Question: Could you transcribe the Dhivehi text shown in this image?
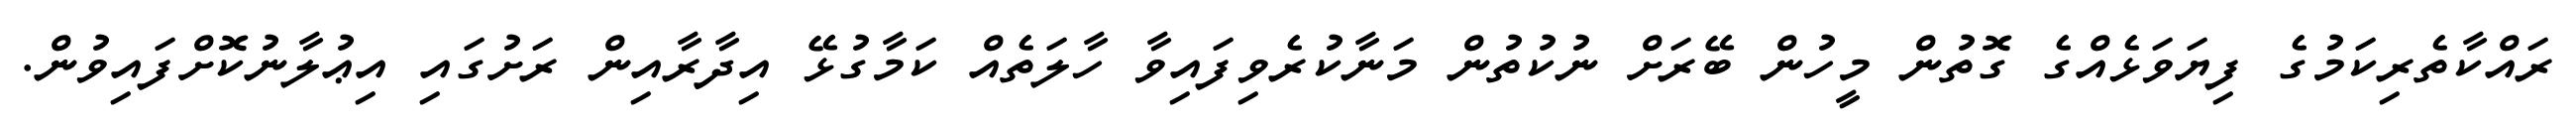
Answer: ރައްކާތެރިކަމުގެ ފިޔަވަޅެއްގެ ގޮތުން މީހުން ބޭރަށް ނުކުތުން މަނާކުރެވިފައިވާ ހާލަތެއް ކަމާގުޅޭ އިދާރާއިން ރަށުގައި އިޢުލާނުކޮށްފައިވުން.